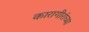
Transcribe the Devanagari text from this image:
कारागीरांच्या